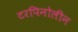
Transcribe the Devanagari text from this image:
टरपिनोलीन